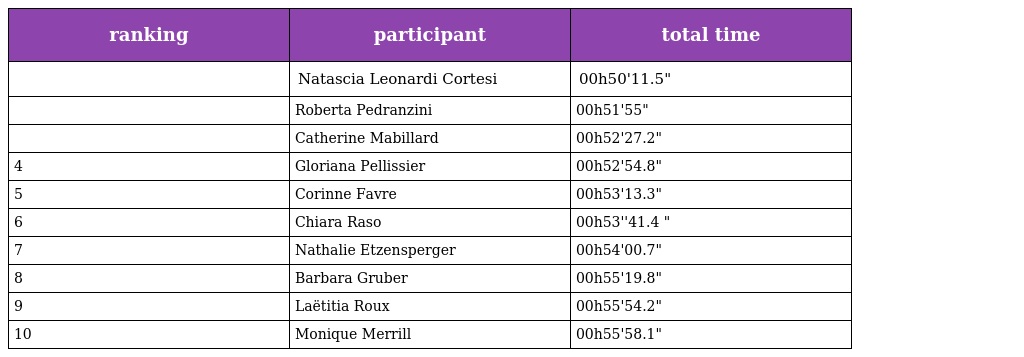
| ranking | participant | total time |
 | --- | --- | --- |
 |  | Natascia Leonardi Cortesi | 00h50'11.5" |
 |  | Roberta Pedranzini | 00h51'55" |
 |  | Catherine Mabillard | 00h52'27.2" |
 | 4 | Gloriana Pellissier | 00h52'54.8" |
 | 5 | Corinne Favre | 00h53'13.3" |
 | 6 | Chiara Raso | 00h53''41.4 " |
 | 7 | Nathalie Etzensperger | 00h54'00.7" |
 | 8 | Barbara Gruber | 00h55'19.8" |
 | 9 | Laëtitia Roux | 00h55'54.2" |
 | 10 | Monique Merrill | 00h55'58.1" |